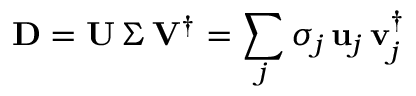
\mathbf { D } = \mathbf { U } \, \Sigma \, \mathbf { V } ^ { \dagger } = \sum _ { j } \sigma _ { j } \, \mathbf { u } _ { j } \, \mathbf { v } _ { j } ^ { \dagger }